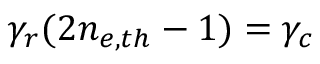
\gamma _ { r } ( 2 n _ { e , t h } - 1 ) = \gamma _ { c }